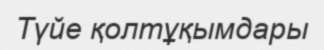
Түйе қолтұқымдары